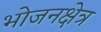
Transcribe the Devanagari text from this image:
भोजनक्षेत्र